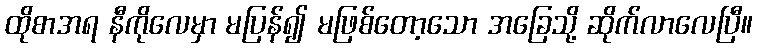
ထိုစာအရ နီကိုလေမှာ မပြန်၍ မဖြစ်တော့သော အခြေသို့ ဆိုက်လာလေပြီ။